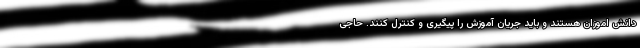
دانش اموزان هستند و باید جریان آموزش را پیگیری و کنترل کنند. حاجی